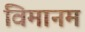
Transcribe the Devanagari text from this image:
विमानम